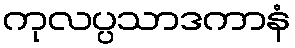
ကုလပ္ပသာဒကာနံ